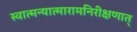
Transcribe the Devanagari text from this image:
स्वात्मन्यात्मारामनिरीक्षणात्